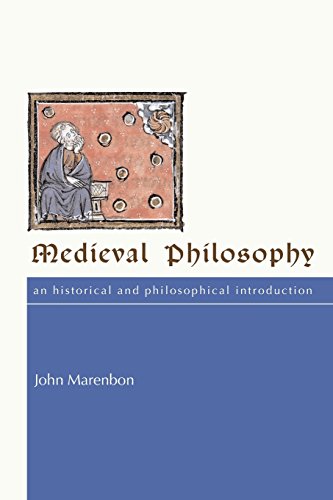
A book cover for Medieval Philosophy: An Historical and Philosophical Introduction; John Marenbon; Politics & Social Sciences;